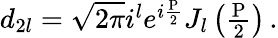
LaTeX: \begin{array}{r}{d_{2l}=\sqrt{2\pi}i^{l}e^{i\frac{\mathrm{P}}{2}}J_{l}\left(\frac{\mathrm{P}}{2}\right)\, .}\end{array}